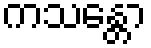
ကသန္တော